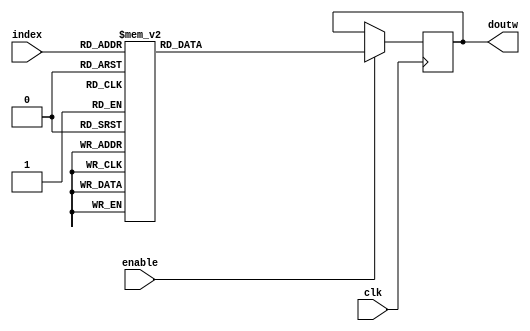
module atan_lut
(
    input wire clk,
    input wire enable,
    input [3:0] index,
    output signed [15:0] doutw
);

reg signed [15:0] dout;

assign doutw = dout;

always @(posedge clk)
    if (enable)
        case (index)
            4'd0 : dout <= 16'd12867;
            4'd1 : dout <= 16'd7596;
            4'd2 : dout <= 16'd4013;
            4'd3 : dout <= 16'd2037;
            4'd4 : dout <= 16'd1022;
            4'd5 : dout <= 16'd511;
            4'd6 : dout <= 16'd255;
            4'd7 : dout <= 16'd127;
            4'd8 : dout <= 16'd63;
            4'd9 : dout <= 16'd31;
            4'd10 : dout <= 16'd15;
            4'd11 : dout <= 16'd7;
            4'd12 : dout <= 16'd3;
            4'd13 : dout <= 16'd1;
            default : dout <= 0;
        endcase
          
endmodule